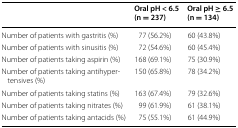
<table><thead><tr><td></td><td><b>Oral pH &lt; 6.5(n = 237)</b></td><td><b>Oral pH ≥ 6.5(n = 134)</b></td></tr></thead><tbody><tr><td>Number of patients with gastritis (%)</td><td>77 (56.2%)</td><td>60 (43.8%)</td></tr><tr><td>Number of patients with sinusitis (%)</td><td>72 (54.6%)</td><td>60 (45.4%)</td></tr><tr><td>Number of patients taking aspirin (%)</td><td>168 (69.1%)</td><td>75 (30.9%)</td></tr><tr><td>Number of patients taking antihypertensives (%)</td><td>150 (65.8%)</td><td>78 (34.2%)</td></tr><tr><td>Number of patients taking statins (%)</td><td>163 (67.4%)</td><td>79 (32.6%)</td></tr><tr><td>Number of patients taking nitrates (%)</td><td>99 (61.9%)</td><td>61 (38.1%)</td></tr><tr><td>Number of patients taking antacids (%)</td><td>75 (55.1%)</td><td>61 (44.9%)</td></tr></tbody></table>